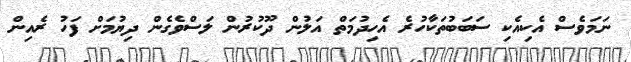
ނަމަވެސް އެކިއެކި ސަބަބުތަކާހުރެ އެހިދުމަތް އަލުން ދޫކުރުން ލަސްވެގެން ދިޔުމަށް ފަހު ރެއިން